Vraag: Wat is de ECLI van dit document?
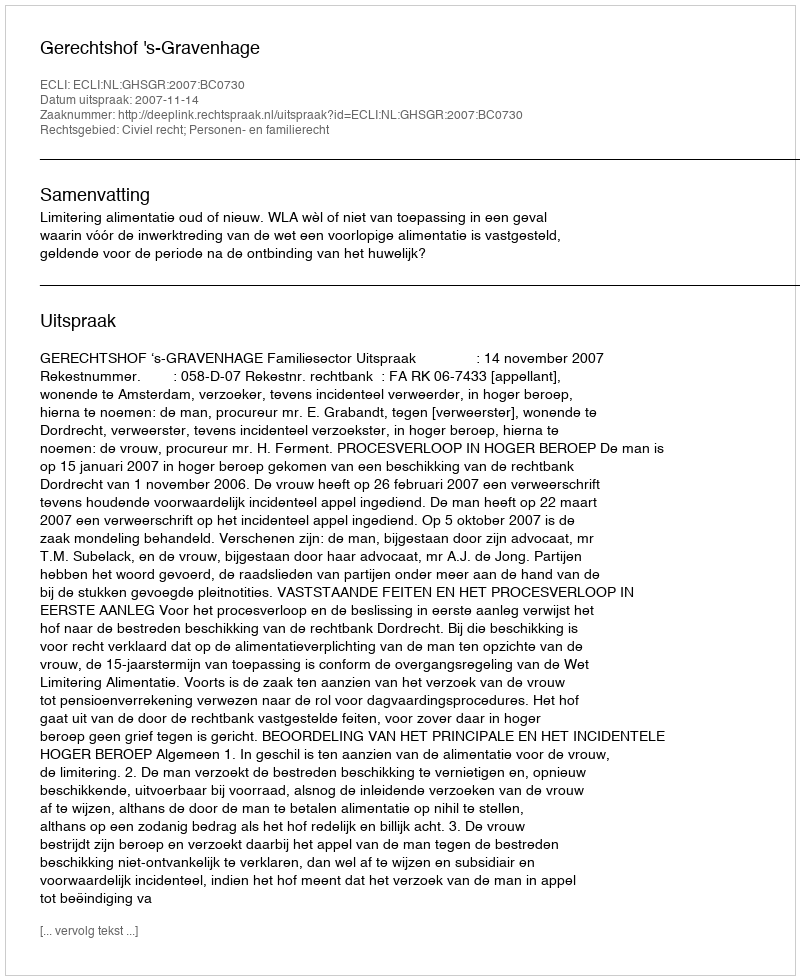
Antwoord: ECLI:NL:GHSGR:2007:BC0730